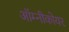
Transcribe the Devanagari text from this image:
ऑम्नीकोयर